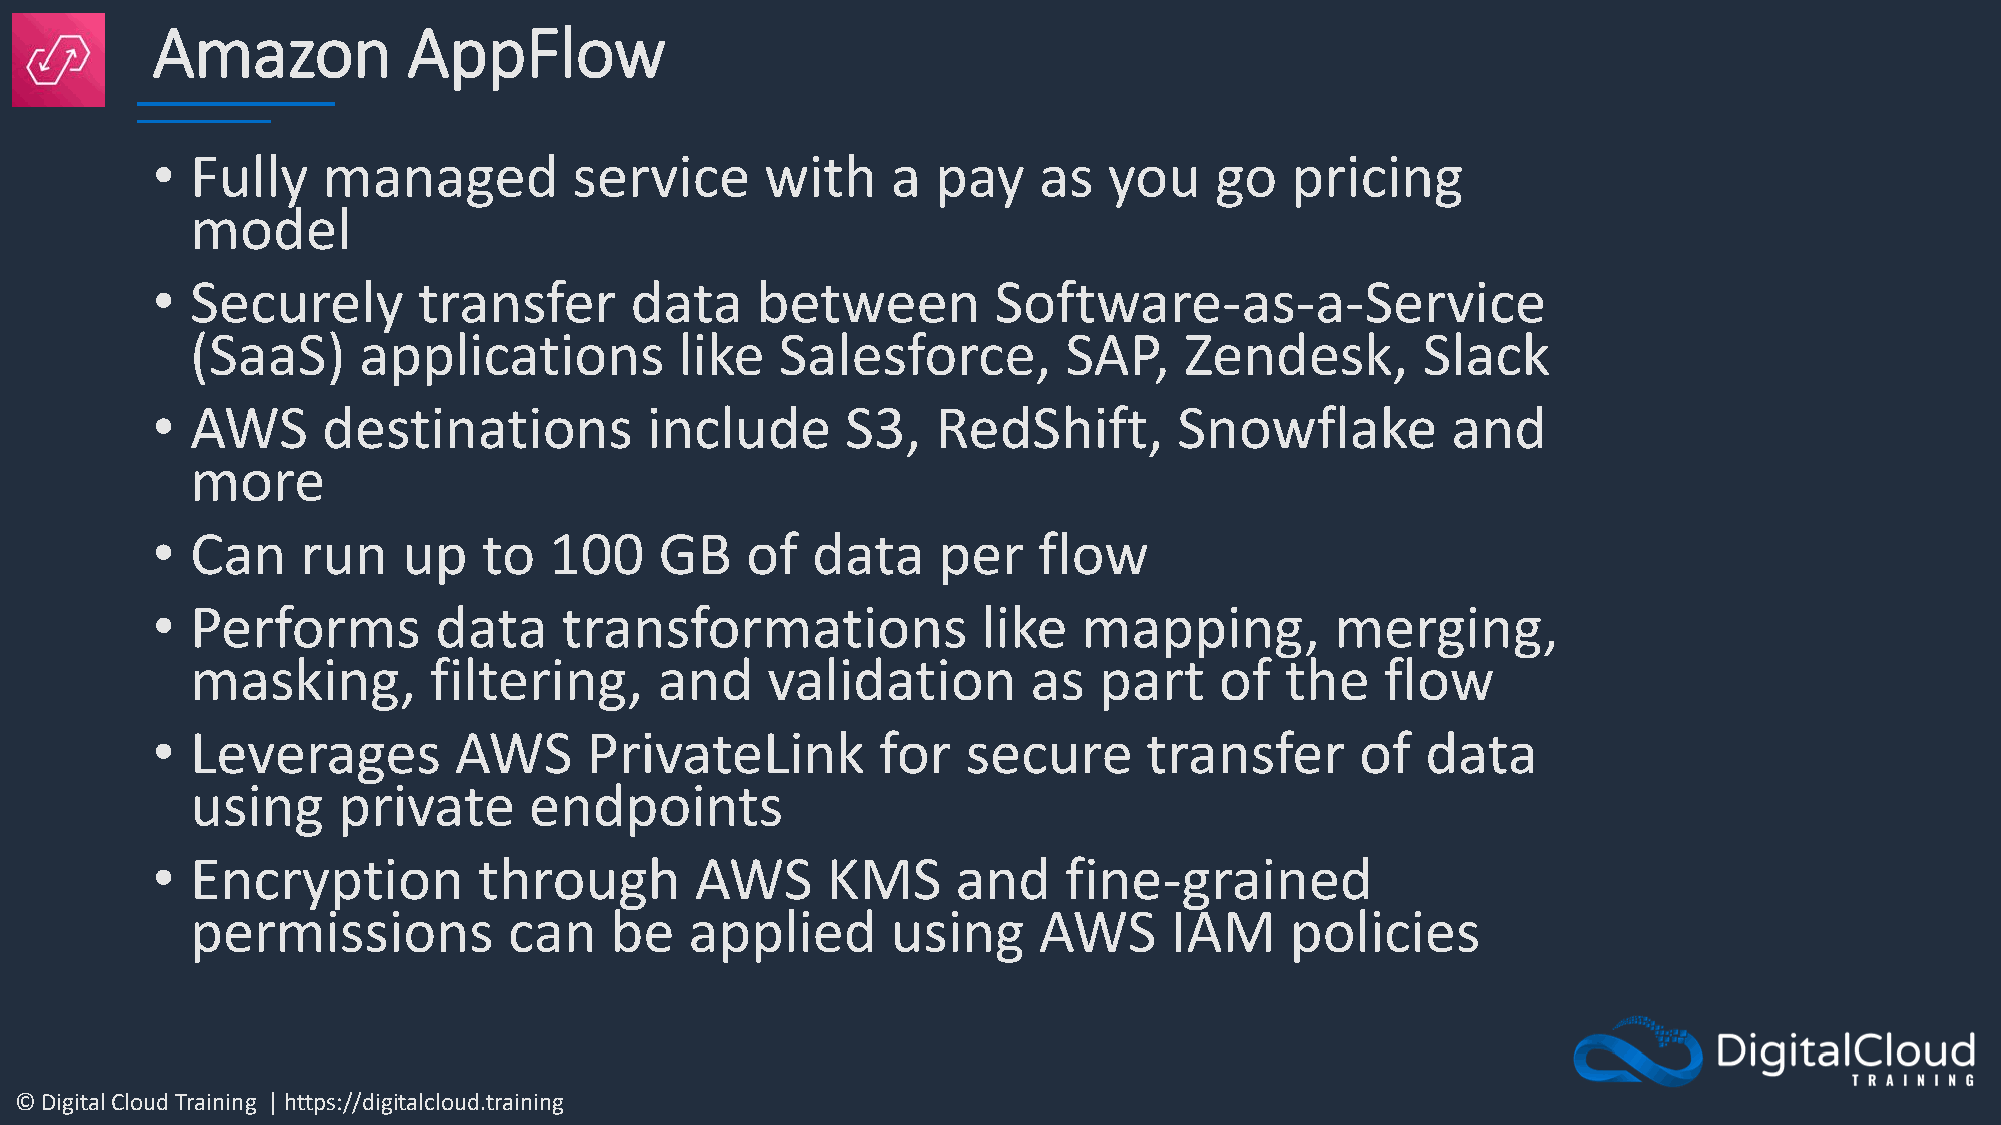
Amazon           AppFlow
 •  Fully   managed          service      with    a  pay    as  you    go   pricing
 model
 •  Securely       transfer      data    between         Software-as-a-Service
 (SaaS)     applications         like   Salesforce,       SAP,    Zendesk,        Slack
 •  AWS     destinations          include      S3,   RedShift,       Snowflake         and
 more
 •  Can    run    up   to  100     GB   of   data    per    flow
 •  Performs        data    transformations             like   mapping,        merging,
 masking,       filtering,      and    validation       as   part    of  the    flow
 •  Leverages        AWS      PrivateLink        for   secure      transfer      of  data
 using    private      endpoints
 •  Encryption         through       AWS      KMS     and    fine-grained
 permissions          can   be    applied      using     AWS     IAM     policies
 © Digital Cloud Training | https://digitalcloud.training